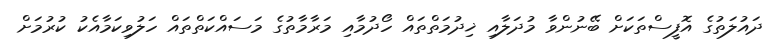
ދައުލަތުގެ އޮފީސްތަކަށް ބޭނުންވާ މުދަލާއި ޚިދުމަތްތައް ހޯދުމާއި މަރާމާތުގެ މަސައްކަތްތައް ހަލުވިކަމާއެކު ކުރުމަށް